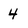
Character: 4